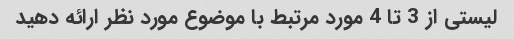
لیستی از 3 تا 4 مورد مرتبط با موضوع مورد نظر ارائه دهید